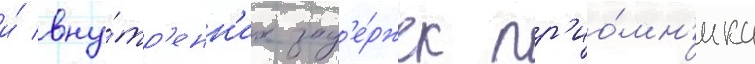
и́ вну́тр'енн'их зад'е́ржек пр'ио́мн'ика